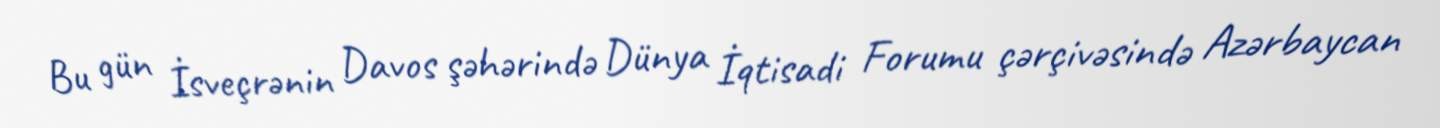
Bu gün İsveçrənin Davos şəhərində Dünya İqtisadi Forumu çərçivəsində Azərbaycan